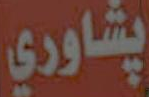
پشاوري